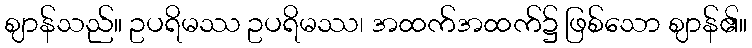
ဈာန်သည်။ ဥပရိမဿ ဥပရိမဿ၊ အထက်အထက်၌ ဖြစ်သော ဈာန်၏။